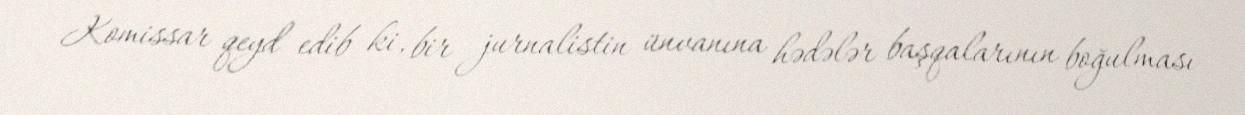
Komissar qeyd edib ki, bir jurnalistin ünvanına hədələr başqalarının boğulması